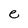
Character: e